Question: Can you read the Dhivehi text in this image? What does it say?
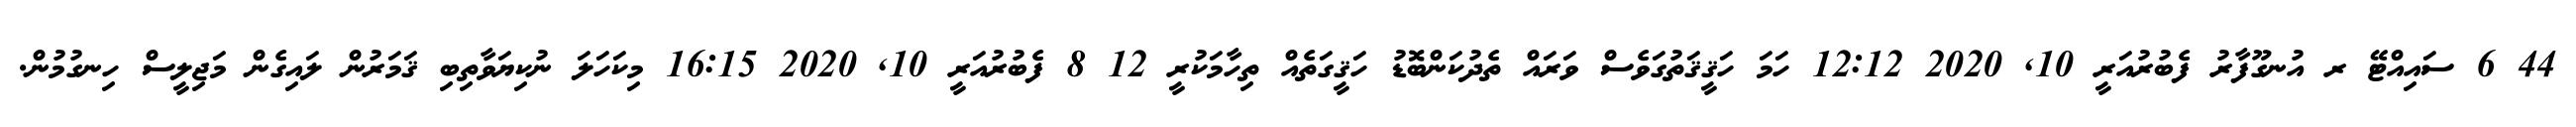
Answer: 44 6 ސައިއްޓޭ ރ އުނގޫފާރު ފެބުރުއަރީ 10, 2020 12:12 ހަމަ ހަޤީޤަތުގަވެސް ވަރައް ތެދުކަންބޮޑު ހަޤީގަތެއް ތިހާމަކުރީ 12 8 ފެބުރުއަރީ 10, 2020 16:15 މިކަހަލަ ނުކިޔަވާތިބި ޤަމަރުން ލައިގެން މަޖިލީސް ހިނގުމުން.